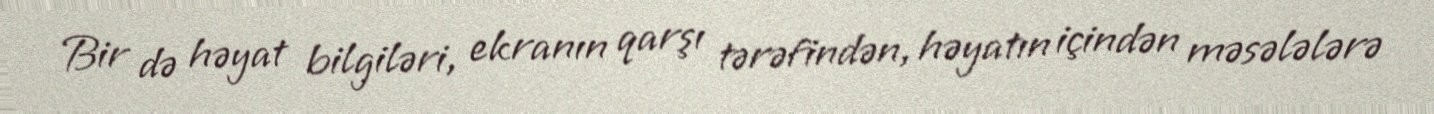
Bir də həyat bilgiləri, ekranın qarşı tərəfindən, həyatın içindən məsələlərə